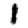
Digit: 1